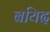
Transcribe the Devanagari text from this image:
बयिद